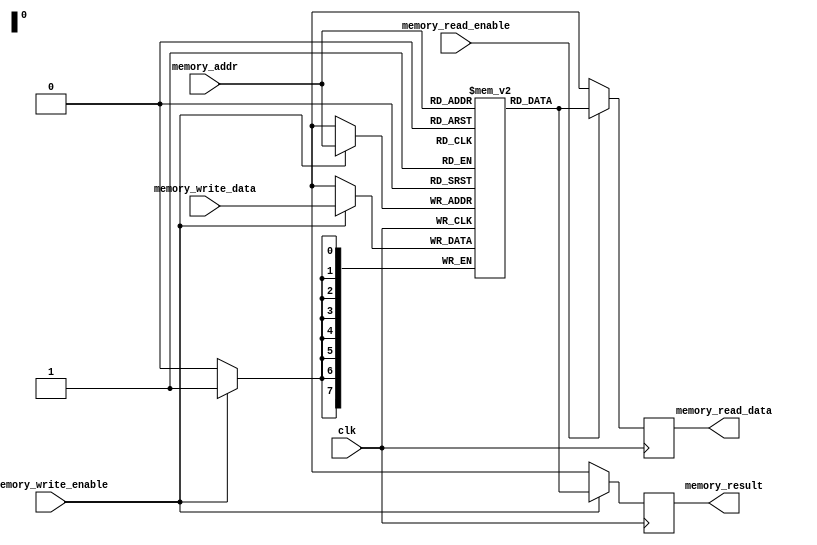
module memory(clk,memory_addr,memory_read_enable,memory_write_enable,memory_read_data,memory_write_data ,memory_result);


input clk ;
input memory_write_enable,memory_read_enable ;
input [7:0] memory_addr ,memory_write_data ; 
output reg [7:0] memory_read_data ;
output reg [7:0] memory_result;	 
reg[7:0] memory[0:255] ;	//declare 8 registers with 256 bits 
integer i;

initial begin  	//initialize memory contents to 0
  for(i=0;i<256;i=i+1)
   memory[i] <= 8'b00000000;
 end	 
	 
always @(posedge clk) 
  	begin
  		if (memory_write_enable) memory[memory_addr] = memory_write_data;
	end
	

always@(posedge clk)
begin
	memory_read_data = (memory_read_enable==1'b1) ? memory[memory_addr]:8'bxxxxxxxx ; 
	memory_result = (memory_write_enable==1'b1 ) ? memory[memory_addr]: 8'bxxxxxxxx;
end	


endmodule